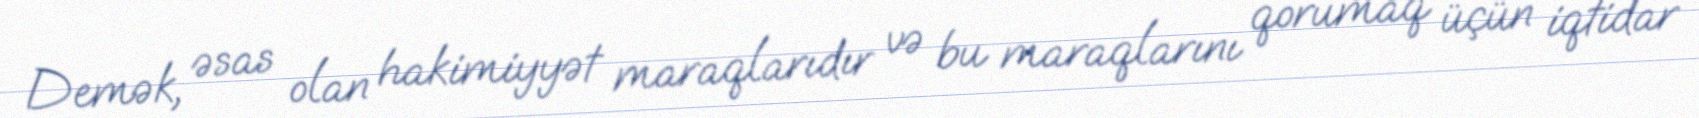
Demək, əsas olan hakimiyyət maraqlarıdır və bu maraqlarını qorumaq üçün iqtidar